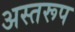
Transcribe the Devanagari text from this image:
अस्तरूप